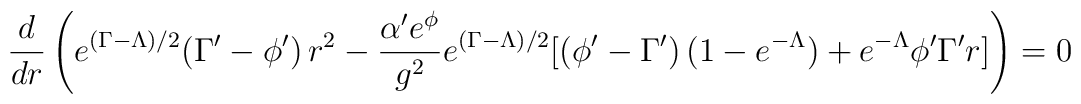
\frac{d}{dr}\left(e^{(\Gamma-\Lambda)/2} (\Gamma'-\phi') \,r^2 -\frac{\alpha'e^\phi}{g^2}e^{(\Gamma-\Lambda)/2}[(\phi'-\Gamma')\,(1-e^{-\Lambda})+ e^{-\Lambda} \phi' \Gamma' r]\right)=0